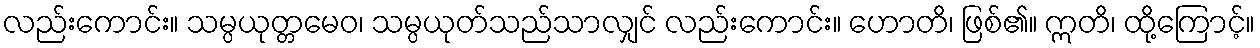
လည်းကောင်း။ သမ္ပယုတ္တမေဝ၊ သမ္ပယုတ်သည်သာလျှင် လည်းကောင်း။ ဟောတိ၊ ဖြစ်၏။ ဣတိ၊ ထို့ကြောင့်။